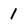
Character: 1